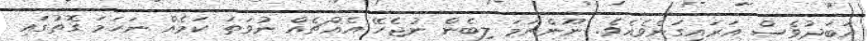
އަބަދުވެސް އަރައިގަނެވެއެވެ. ނޫންނަމަ ލިބެން ނުޖެހޭ އެއްޗެއް ނުވަތަ ކަމެއް ނަހަމަ ގޮތުގައި